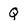
Character: Q